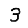
Digit: 3